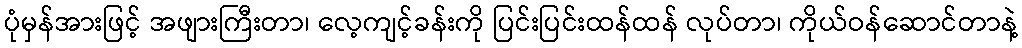
ပုံမှန်အားဖြင့် အဖျားကြီးတာ၊ လေ့ကျင့်ခန်းကို ပြင်းပြင်းထန်ထန် လုပ်တာ၊ ကိုယ်ဝန်ဆောင်တာနဲ့